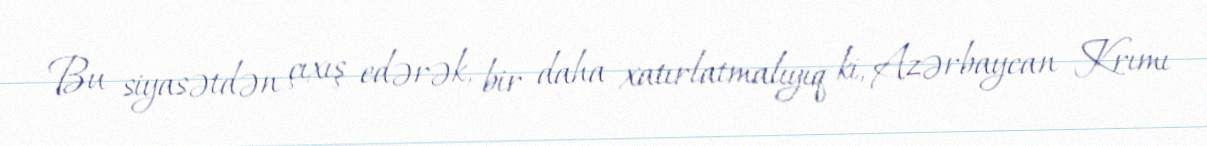
Bu siyasətdən çıxış edərək, bir daha xatırlatmalıyıq ki, Azərbaycan Krımı